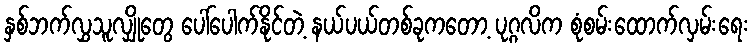
နှစ်ဘက်လွှသူလျှိုတွေ ပေါ်ပေါက်နိုင်တဲ့ နယ်ပယ်တစ်ခုကတော့ ပုဂ္ဂလိက စုံစမ်းထောက်လှမ်းရေး